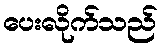
ပေးလိုက်သည်